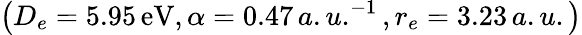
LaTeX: \left(D_{e}=5.95\, \mathrm{eV},\alpha=0.47\, a.u.^{-1},r_{e}=3.23\, a.u.\right)